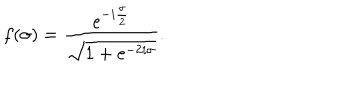
f ( \sigma ) = { \frac { \mathrm { e } ^ { - i { \frac { \sigma } { 2 } } } } { \sqrt { 1 + \mathrm { e } ^ { - 2 i \sigma } } } } .